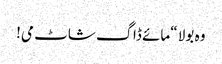
وہ بولا “مائے ڈاگ شاٹ می!